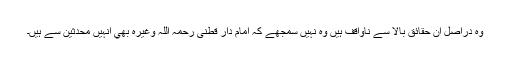
وہ دراصل ان حقائق بالا سے ناواقف ہیں وہ نہیں سمجھے کہ امام دار قطنی رحمہ اللہ وغیرہ بھي انہیں محدثین سے ہیں۔